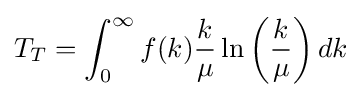
T_{T}=\int _{0}^{\infty }f(k){\frac {k}{\mu }}\ln \left({\frac {k}{\mu }}\right)dk